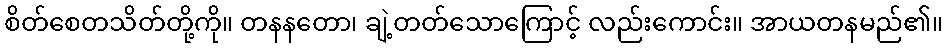
စိတ်စေတသိတ်တို့ကို။ တနနတော၊ ချဲ့တတ်သောကြောင့် လည်းကောင်း။ အာယတနမည်၏။